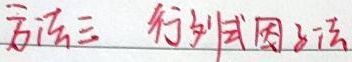
方法三 行列式因子法